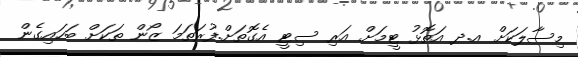
މިސާލަކަށް އ.ދ އަތޮޅު ޓީމަށް އަރި ސިޓީ އެގޮތަށް.ފުރަތަމަ ޒޯން ތަކަށް ބަހައިގެން